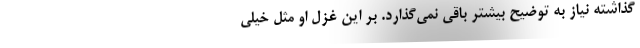
گذاشته نیاز به توضیح بیشتر باقی نمی‌گذارد. بر این غزل او مثل خیلی